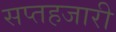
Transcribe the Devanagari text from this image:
सप्तहजारी